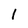
Character: 1